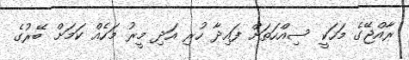
ރާއްޖޭގެ މަހަކީ ސިއްހަތަށް ފައިދާ ހުރި އަދި މީރު މަހެއް ކަމަށް ބޭރުގެ